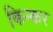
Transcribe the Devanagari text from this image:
किन्कर